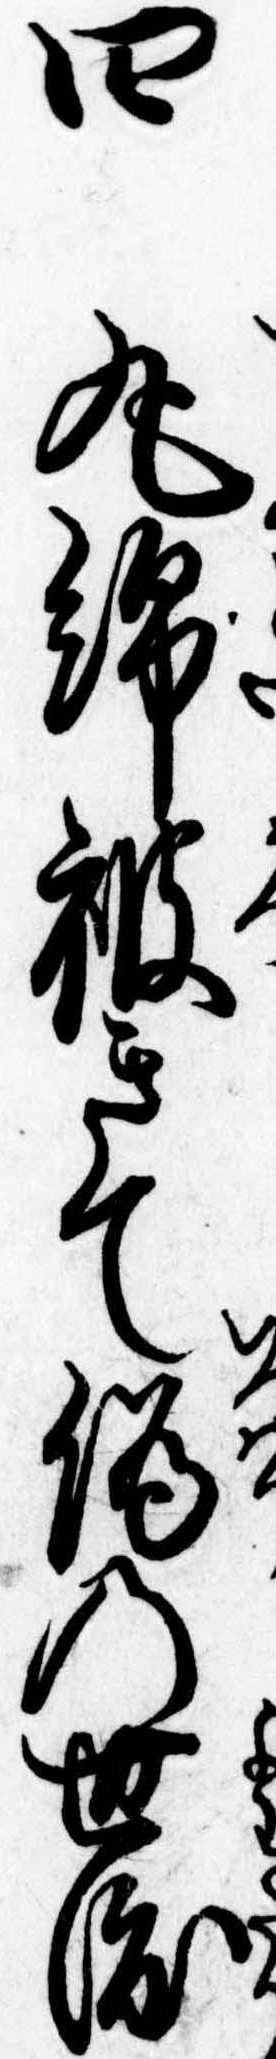
四丸綿被きて偽の世渡